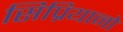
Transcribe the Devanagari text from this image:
सिप्रियानो